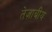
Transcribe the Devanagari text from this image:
तेज़ाबीय